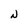
Character: N